Annual report of the Punjab Veterinary College and of the Civil Veterinary Department, Punjab - 1920-1925
Year: 1920
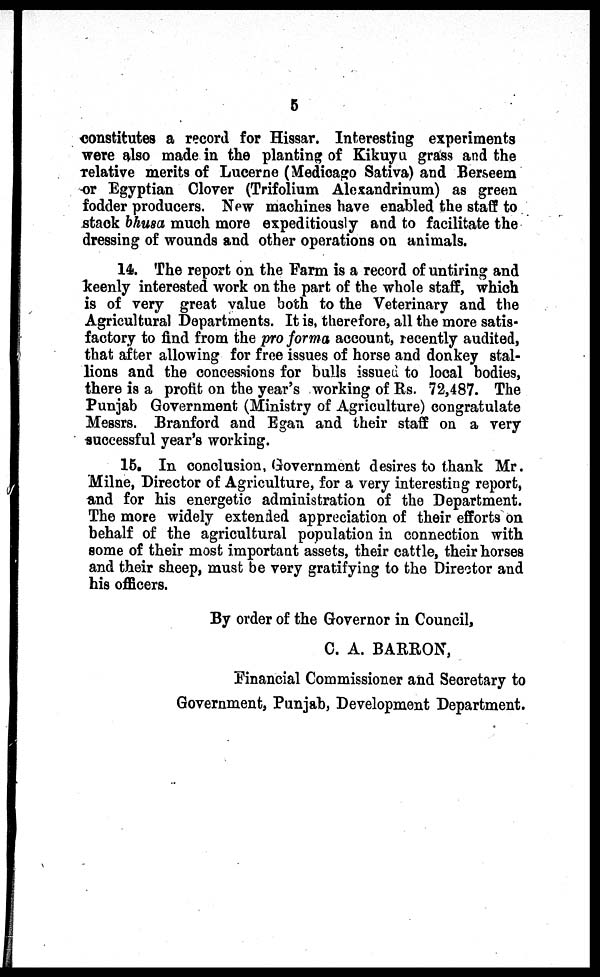
5
constitutes a record for Hissar. Interesting experiments
were also made in the planting of Kikuyu grass and the
relative merits of Lucerne (Medicago Sativa) and Berseem
or Egyptian Clover (Trifolium Alexandrinum) as green
fodder producers. New machines have enabled the staff to
stack bhusa much more expeditiously and to facilitate the
dressing of wounds and other operations on animals.
14. The report on the Farm is a record of untiring and
keenly interested work on the part of the whole staff, which
is of very great value both to the Veterinary and the
Agricultural Departments. It is, therefore, all the more satis-
factory to find from the pro forma account, recently audited,
that after allowing for free issues of horse and donkey stal-
lions and the concessions for bulls issued to local bodies,
there is a profit on the year's working of Rs. 72,487. The
Punjab Government (Ministry of Agriculture) congratulate
Messrs. Branford and Egan and their staff on a very
successful year's working.
15. In conclusion, Government desires to thank Mr.
Milne, Director of Agriculture, for a very interesting report,
and for his energetic administration of the Department.
The more widely extended appreciation of their efforts on
behalf of the agricultural population in connection with
some of their most important assets, their cattle, their horses
and their sheep, must be very gratifying to the Director and
his officers.
By order of the Governor in Council,
C. A. BARRON,
Financial Commissioner and Secretary to
Government, Punjab, Development Department.